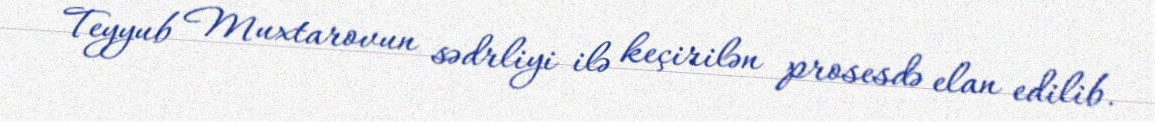
Teyyub Muxtarovun sədrliyi ilə keçirilən prosesdə elan edilib.